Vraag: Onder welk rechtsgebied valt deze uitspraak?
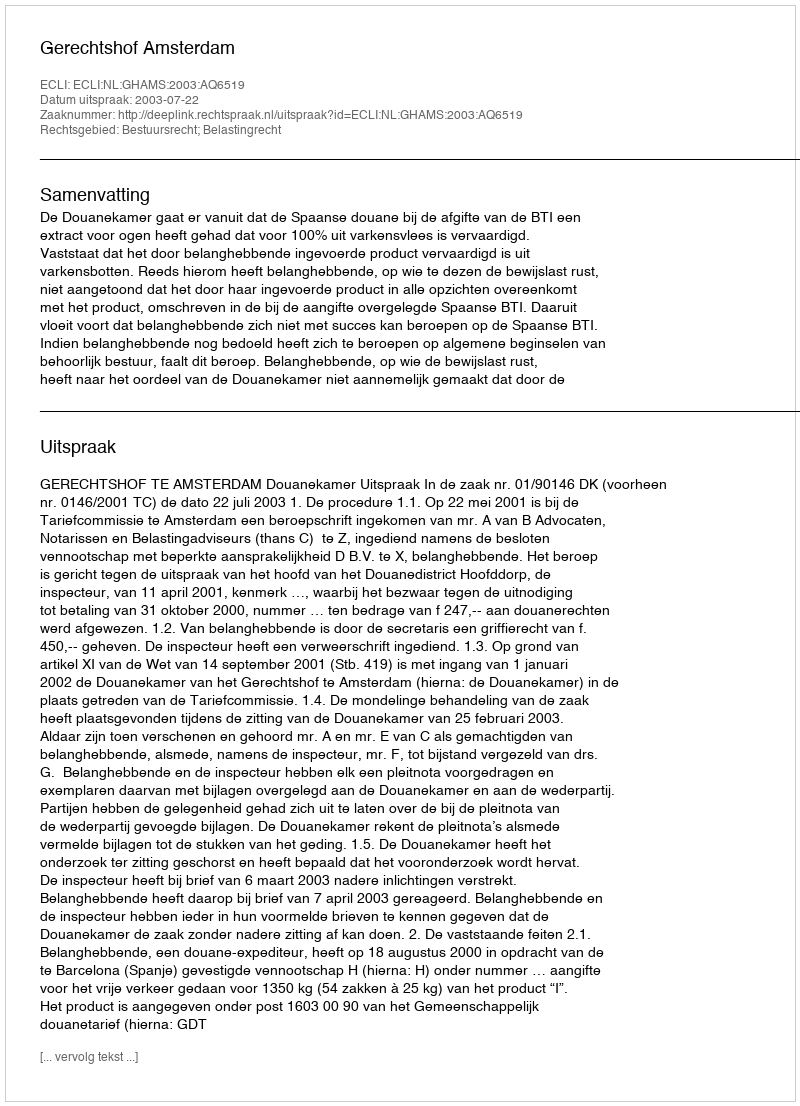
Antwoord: Bestuursrecht; Belastingrecht